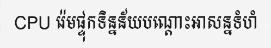
CPU រ៉េមផ្ទុកទិន្នន័យបណ្តោះអាសន្នទំហំ